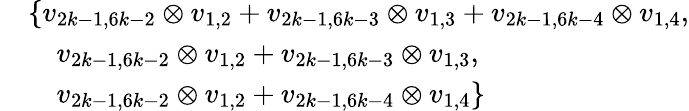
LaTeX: \begin{array}{rl}&{\{ v_{2k-1,6k-2}\otimes v_{1,2}+v_{2k-1,6k-3}\otimes v_{1,3}+v_{2k-1,6k-4}\otimes v_{1,4},}\\ &{\quad v_{2k-1,6k-2}\otimes v_{1,2}+v_{2k-1,6k-3}\otimes v_{1,3},}\\ &{\quad v_{2k-1,6k-2}\otimes v_{1,2}+v_{2k-1,6k-4}\otimes v_{1,4}\} }\end{array}